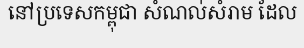
នៅប្រទេសកម្ពុជា សំណល់សំរាម ដែល